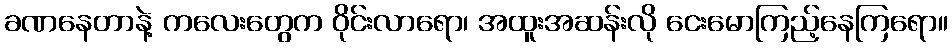
ခဏနေတာနဲ့ ကလေးတွေက ဝိုင်းလာရော၊ အထူးအဆန်းလို ငေးမောကြည့်နေကြရော။